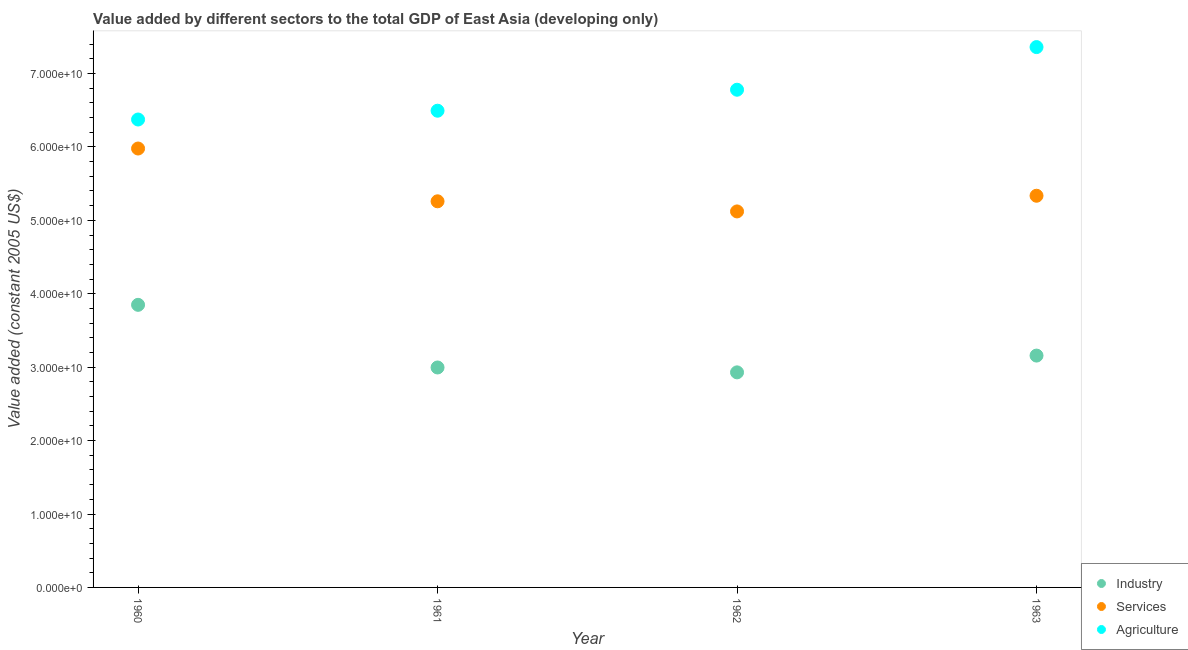
| Year | Industry | Services | Agriculture |
 | --- | --- | --- | --- |
 | 1960 | 3.85e+10 | 5.98e+10 | 6.37e+10 |
 | 1961 | 3e+10 | 5.26e+10 | 6.49e+10 |
 | 1962 | 2.93e+10 | 5.12e+10 | 6.78e+10 |
 | 1963 | 3.16e+10 | 5.34e+10 | 7.36e+10 |